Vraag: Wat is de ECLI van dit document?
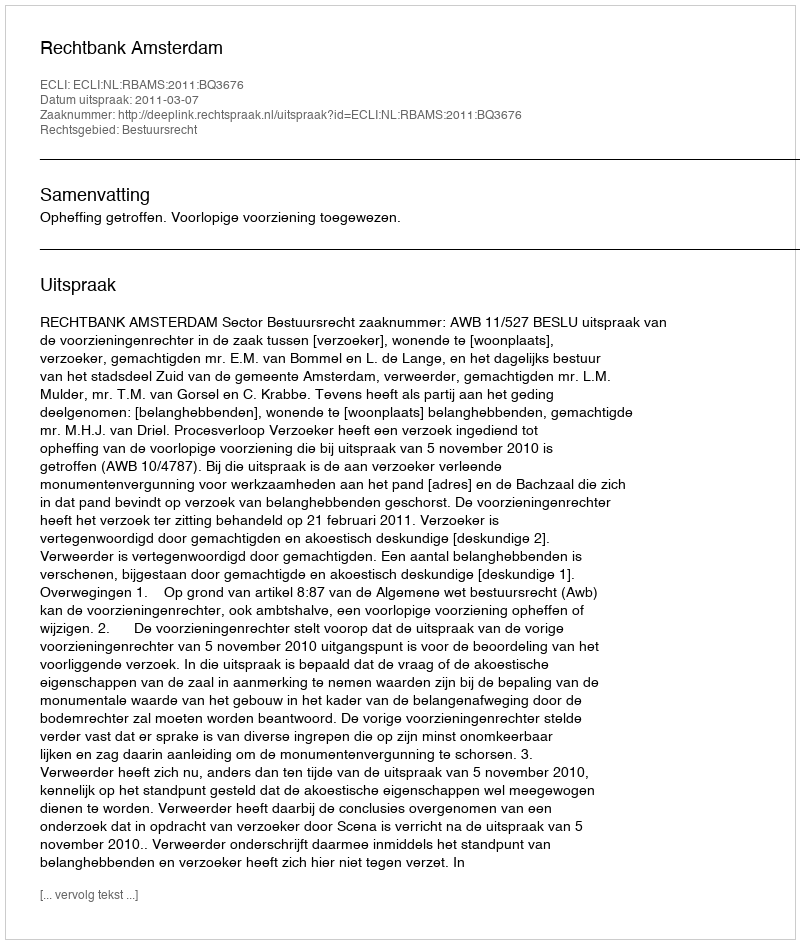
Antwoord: ECLI:NL:RBAMS:2011:BQ3676